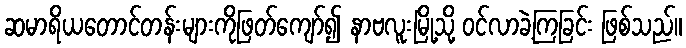
ဆမာရိယတောင်တန်းများကိုဖြတ်ကျော်၍ နာဗလူးမြို့သို့ ဝင်လာခဲ့ကြခြင်း ဖြစ်သည်။